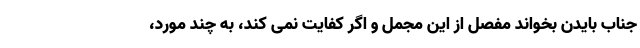
جناب بایدن بخواند مفصل از این مجمل و اگر کفایت نمی کند، به چند مورد،